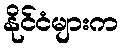
နိုင်ငံများက